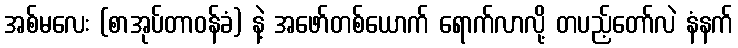
အစ်မလေး (စာအုပ်တာဝန်ခံ) နဲ့ အဖော်တစ်ယောက် ရောက်လာလို့ တပည့်တော်လဲ နံနက်